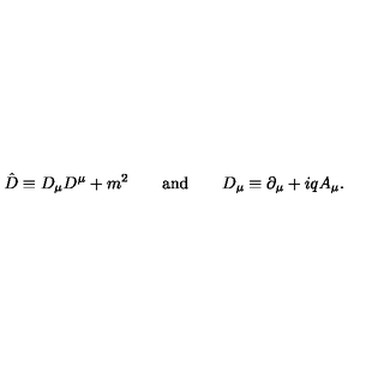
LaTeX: { \hat { D } } \equiv D _ { \mu } D ^ { \mu } + m ^ { 2 } \qquad \mathrm { a n d } \qquad D _ { \mu } \equiv \partial _ { \mu } + i q A _ { \mu } .